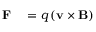
{ \begin{array} { r l } { \mathbf { F } } & { { } = q \left( \mathbf { v } \times \mathbf { B } \right) } \end{array} } \,